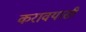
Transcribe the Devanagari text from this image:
करावयासी